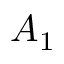
A _ { 1 }